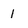
Character: 1